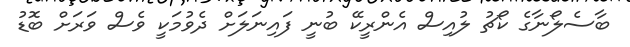
ބާސެލޯނާގެ ކޯޗު ލުއިސް އެންރީކޭ ބުނީ ފައިނަލަށް ދެވުމަކީ ވެސް ވަރަށް ބޮޑު